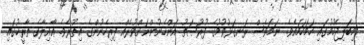
މިބަލިޖެހުމުގައި ހަމަހަމައެވެ. ނަމަވެސް ރަނގަޅުވުމުގެ ފުރުޞަތު އަންހެނުންނަށްވުރެއް ފިރިހެނުންގެ އިތުރެވެ. ޢާއިލާގެ ތާރީޚުގައި